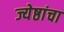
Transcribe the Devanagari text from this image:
ज्येष्ठांचा